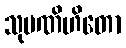
သုပဏိဟိတော